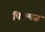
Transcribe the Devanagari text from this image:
फिल्मज